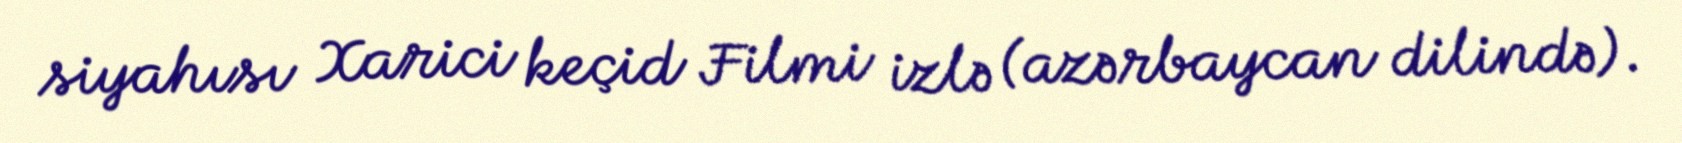
siyahısı Xarici keçid Filmi izlə (azərbaycan dilində).